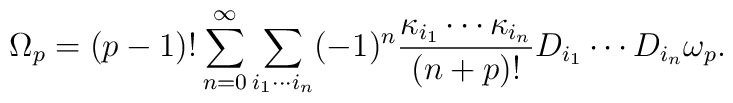
\Omega_p=(p-1)!\sum_{n=0}^\infty\sum_{i_1\cdots i_n}(-1)^n{\kappa_{i_1}\cdots \kappa_{i_n}\over (n+p)!}D_{i_1}\cdots D_{i_n}\omega_p.